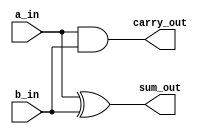
/********************************************************************************************
Description: half adder using data flow abstraction
*********************************************************************************************/

module half_adder_dataflow(
	input 		a_in,
    input		b_in,
	output		sum_out,
	output	    carry_out
);

	assign	sum_out 	= a_in ^ b_in;
	assign 	carry_out 	= a_in & b_in; 

endmodule